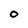
Character: O